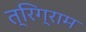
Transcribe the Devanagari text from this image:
त्रिग्राम